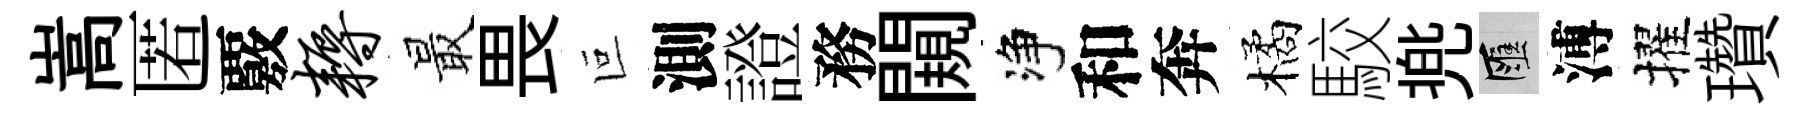
嵩匿覈耨最畏叵測證務闚净和奔橘駮兠匯溥擢瓚